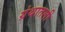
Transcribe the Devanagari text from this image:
ग्रंथातली